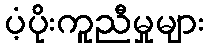
ပံ့ပိုးကူညီမှုများ